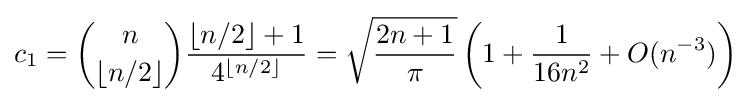
c_{1}={n \choose {\lfloor n/2\rfloor }}{\frac {\lfloor n/2\rfloor +1}{4^{\lfloor n/2\rfloor }}}={\sqrt {\frac {2n+1}{\pi }}}\left(1+{\frac {1}{16n^{2}}}+O(n^{-3})\right)